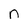
Character: n